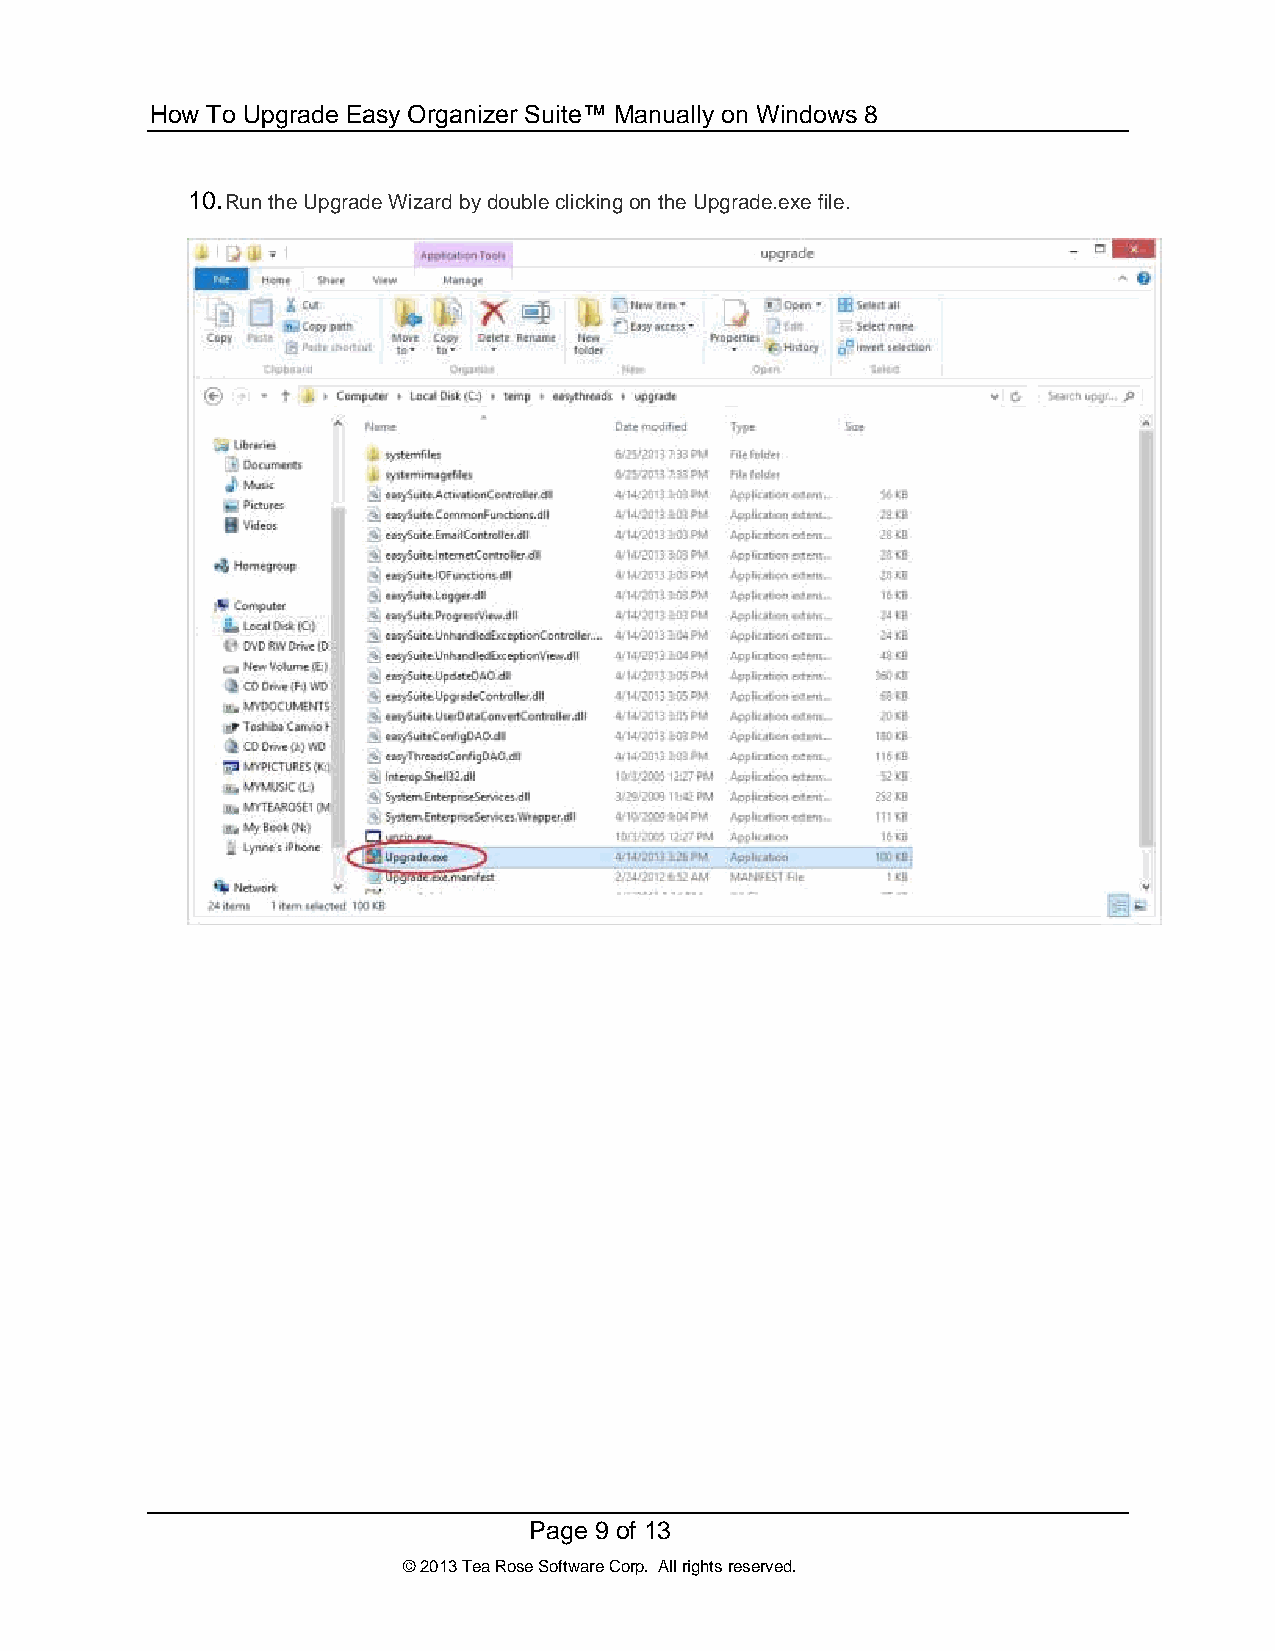
How To Upgrade Easy Organizer Suite™ Manually on Windows 8
 10. Run the Upgrade Wizard by double clicking on the Upgrade.exe file.
 Page 9 of 13
 © 2013 Tea Rose Software Corp. All rights reserved.